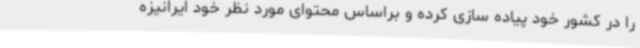
را در کشور خود پیاده سازی کرده و براساس محتوای مورد نظر خود ایرانیزه